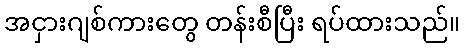
အငှားဂျစ်ကားတွေ တန်းစီပြီး ရပ်ထားသည်။